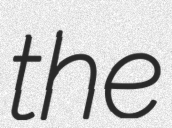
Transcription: the